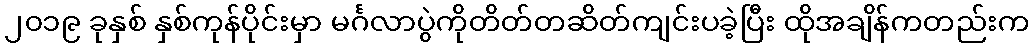
၂၀၁၉ ခုနှစ် နှစ်ကုန်ပိုင်းမှာ မင်္ဂလာပွဲကိုတိတ်တဆိတ်ကျင်းပခဲ့ပြီး ထိုအချိန်ကတည်းက